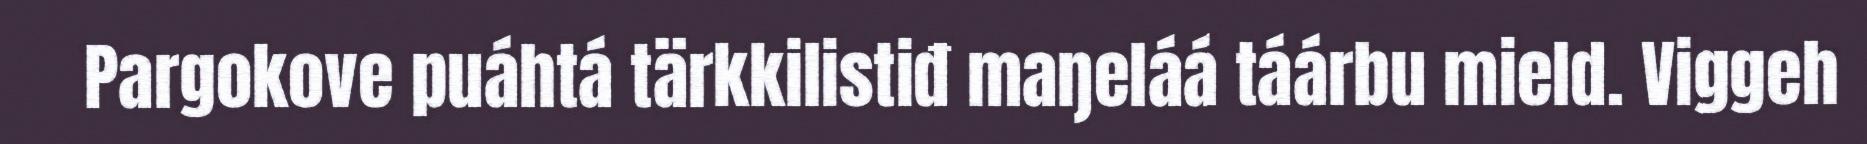
Pargokove puáhtá tärkkilistiđ maŋeláá táárbu mield. Viggeh